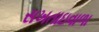
સખતાઇવાળા